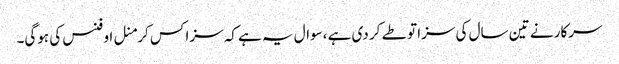
سرکار نے تین سال کی سزا تو طے کر دی ہے ،سوال یہ ہے کہ سزا کس کرمنل اوفنس کی ہوگی۔